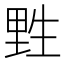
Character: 𰢮